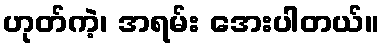
ဟုတ်ကဲ့၊ အရမ်း အေးပါတယ်။